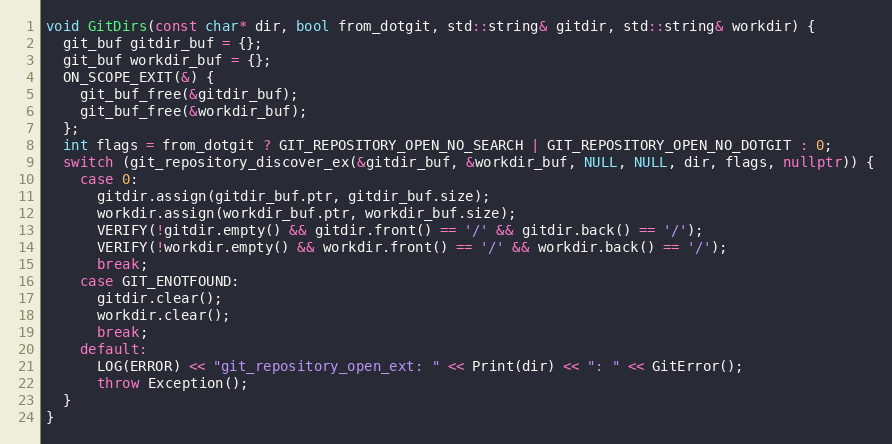
Language: C++
void GitDirs(const char* dir, bool from_dotgit, std::string& gitdir, std::string& workdir) {
  git_buf gitdir_buf = {};
  git_buf workdir_buf = {};
  ON_SCOPE_EXIT(&) {
    git_buf_free(&gitdir_buf);
    git_buf_free(&workdir_buf);
  };
  int flags = from_dotgit ? GIT_REPOSITORY_OPEN_NO_SEARCH | GIT_REPOSITORY_OPEN_NO_DOTGIT : 0;
  switch (git_repository_discover_ex(&gitdir_buf, &workdir_buf, NULL, NULL, dir, flags, nullptr)) {
    case 0:
      gitdir.assign(gitdir_buf.ptr, gitdir_buf.size);
      workdir.assign(workdir_buf.ptr, workdir_buf.size);
      VERIFY(!gitdir.empty() && gitdir.front() == '/' && gitdir.back() == '/');
      VERIFY(!workdir.empty() && workdir.front() == '/' && workdir.back() == '/');
      break;
    case GIT_ENOTFOUND:
      gitdir.clear();
      workdir.clear();
      break;
    default:
      LOG(ERROR) << "git_repository_open_ext: " << Print(dir) << ": " << GitError();
      throw Exception();
  }
}